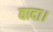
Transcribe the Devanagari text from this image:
वादा।